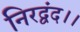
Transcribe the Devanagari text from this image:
निरद्वंद।।